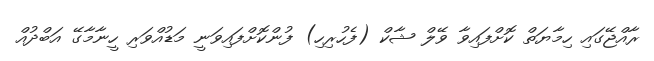
ރާއްޖޭގައި ހިމާޔަތް ކޮށްފައިވާ ވޭލް ޝާކް (ފެހުރިހި) ފުންކޮށްފައިވަނީ މަޑުއްވަރި ހީނާމާގޭ އަބްދުއް